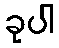
ခုပါ